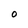
Character: O